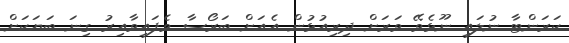
ކަރަންޓާ ނުލައި ނޫޅެވޭ ވަރަށް ދިރިއުޅުން އެއަށް ބަރޯސާ ވެފައިވާއިރު ގިނަ ބަޔަކަށް